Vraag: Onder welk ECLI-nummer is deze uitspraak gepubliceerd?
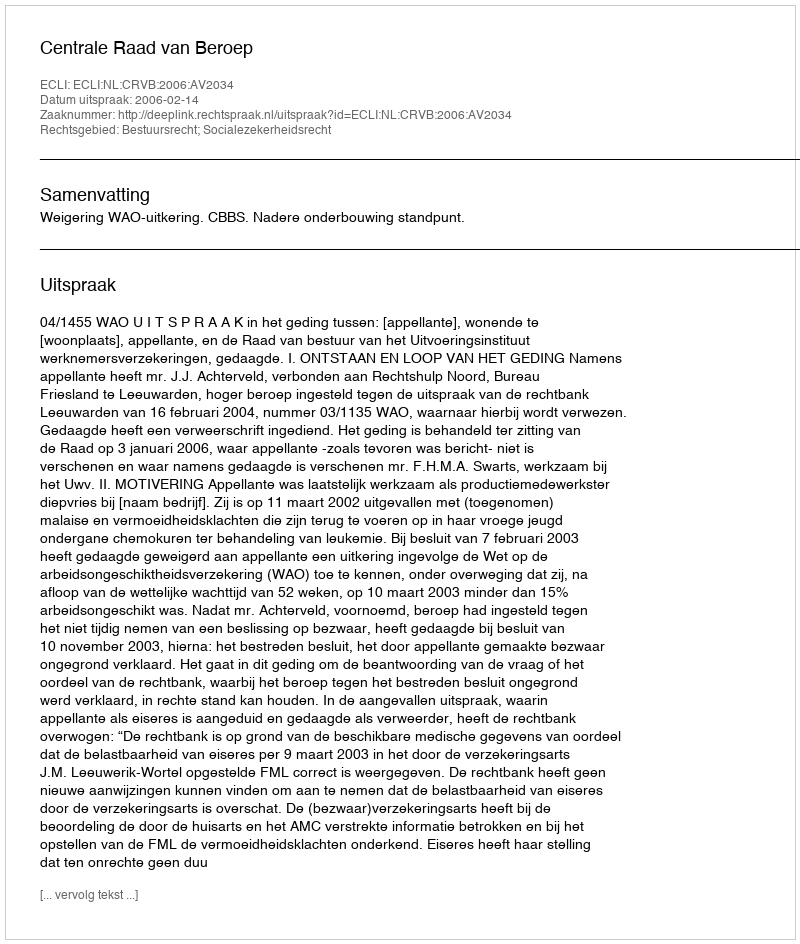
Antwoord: ECLI:NL:CRVB:2006:AV2034